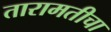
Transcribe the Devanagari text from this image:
तारामतीचा